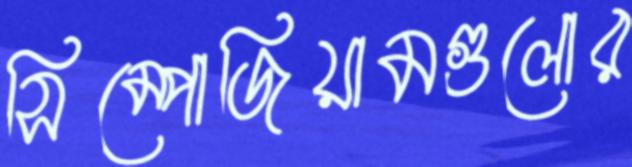
সিম্পোজিয়ামগুলোর